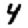
Digit: 4